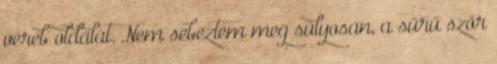
véreb oldalát. Nem sebeztem meg súlyosan, a sűrű szőr